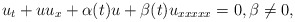
\begin{align*}u_t+uu_x+\alpha(t)u+\beta(t)u_{xxxxx}=0,\beta\neq0,\end{align*}